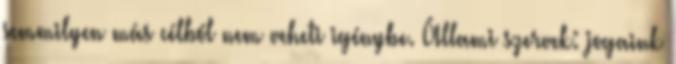
semmilyen más célból nem veheti igénybe. Állami szervek: jogaink